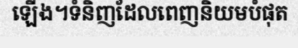
ឡើង។ទំនិញដែលពេញនិយមបំផុត